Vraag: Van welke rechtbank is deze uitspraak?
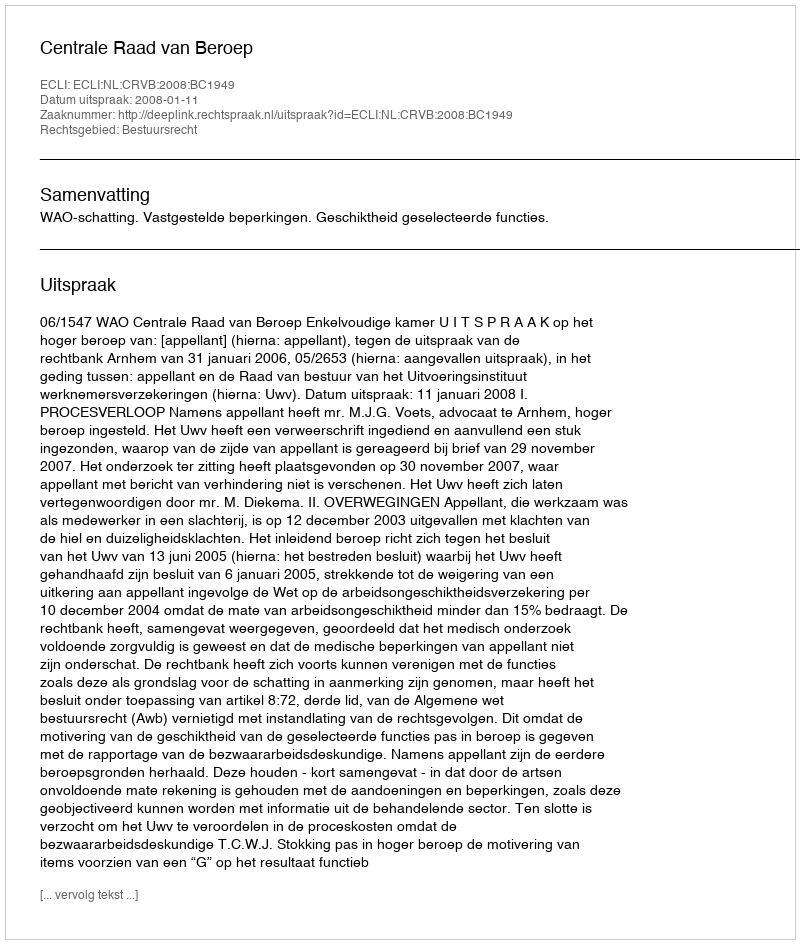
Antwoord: Centrale Raad van Beroep